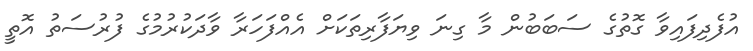
އުފެދިފައިވާ ގޮތުގެ ސަބަބުން މާ ގިނަ ވިޔަފާރިތަކަށް އެއްފަހަރާ ވާދަކުރުމުގެ ފުރުސަތު އޮތީ